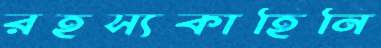
রহস্যকাহিনি